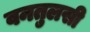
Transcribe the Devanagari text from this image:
वनतुलसी